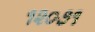
૧૨૦૭૧